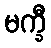
မက္ခီ